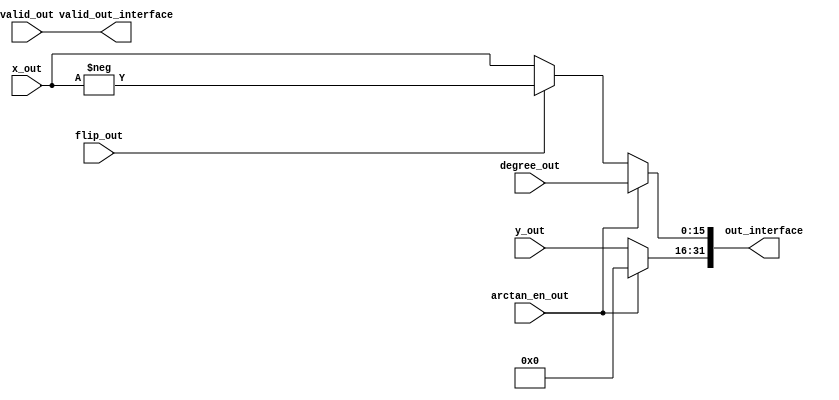
module interface_output#(
                         parameter INPUT_WIDTH = 16,
                         parameter OUTPUT_WIDTH = 16,
                         parameter INPUT_INT_WIDTH = 7,
                         parameter INPUT_FRAC_WIDTH = 8,
                         parameter OUTPUT_INT_WIDTH = 7,
                         parameter OUTPUT_FRAC_WIDTH = 8,
                         parameter ITERATION_NUMBER = 6,
                         parameter ITERATION_WORD_WIDTH = 32,
                         parameter ITERATION_WORD_INT_WIDTH = 12,
                         parameter ITERATION_WORD_FRAC_WIDTH = 20,
                         parameter FLIP_FLAG_WIDTH = 1
                         )(
                           input wire signed [OUTPUT_WIDTH - 1 : 0] degree_out,
                           input wire signed [OUTPUT_WIDTH - 1 : 0] x_out,
                           input wire signed [OUTPUT_WIDTH - 1 : 0] y_out,
                           input wire [FLIP_FLAG_WIDTH - 1 : 0]     flip_out,
                           input wire                               arctan_en_out,
                           input wire                               valid_out,

                           // output wire signed [OUTPUT_WIDTH - 1 : 0] degree_out_interface,
                           // output wire signed [OUTPUT_WIDTH - 1 : 0] x_out_interface,
                           // output wire signed [OUTPUT_WIDTH - 1 : 0] y_out_interface,
                           // output wire                               arctan_en_out_interface,
                           // output wire                               valid_out_interface
                           output [31:0]                            out_interface,
                           output                                   valid_out_interface
                           );
   // assign x_out_interface = (flip_out)?(-x_out):(x_out);
   // assign y_out_interface = y_out;
   // assign degree_out_interface = degree_out;
   // assign arctan_en_out_interface = arctan_en_out;

   assign valid_out_interface = valid_out;
   assign out_interface[15:0] = arctan_en_out ? degree_out : ((flip_out) ? (-x_out) : x_out);
   assign out_interface[31:16] = arctan_en_out ? 16'b0 : y_out;
endmodule // interface_outpu